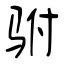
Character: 驸